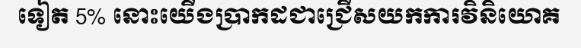
ទៀត 5% នោះយើងប្រាកដជាជ្រើសយកការវិនិយោគ